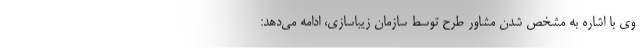
وی با اشاره به مشخص شدن مشاور طرح توسط سازمان زیباسازی، ادامه می‌دهد: